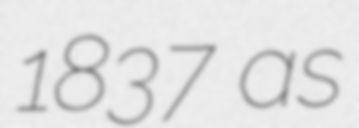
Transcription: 1837 as